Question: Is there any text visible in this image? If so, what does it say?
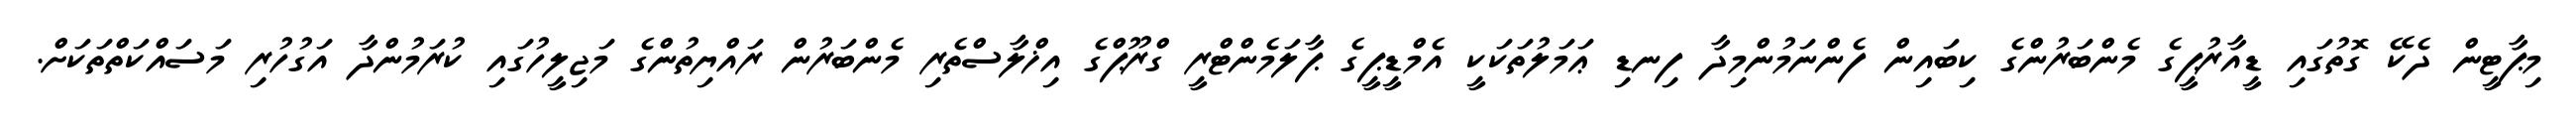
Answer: މިޕާޓީން ދެކޭ ގޮތުގައި ޑީއާރުޕީގެ މެންބަރުންގެ ކިބައިން ފެންނަމުންމިދާ ފިނޑި ޢަމަލުތަކަކީ އެމްޑީޕީގެ ޕާލަމެންޓްރީ ގްރޫޕްގެ އިޚްލާސްތެރި މެންބަރުން ރައްޔިތުންގެ މަޖިލީހުގައި ކުރަމުންދާ އަގުހުރި މަސައްކަތްތަކަށް.